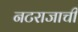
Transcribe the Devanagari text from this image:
नटराजाची